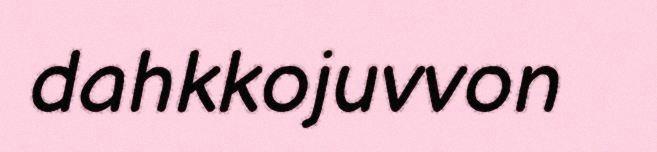
dahkkojuvvon